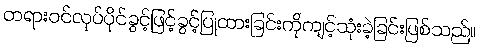
တရားဝင်လုပ်ပိုင်ခွင့်ဖြင့်ခွင့်ပြုထားခြင်းကိုကျင့်သုံးခဲ့ခြင်းဖြစ်သည်။